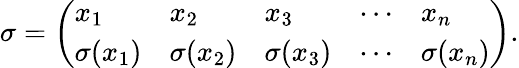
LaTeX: \sigma={\left(\begin{array}{lllll}{x_{1}}&{x_{2}}&{x_{3}}&{\cdots}&{x_{n}}\\ {\sigma(x_{1})}&{\sigma(x_{2})}&{\sigma(x_{3})}&{\cdots}&{\sigma(x_{n})}\end{array}\right)}.